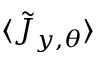
\langle \tilde { J } _ { y , \theta } \rangle